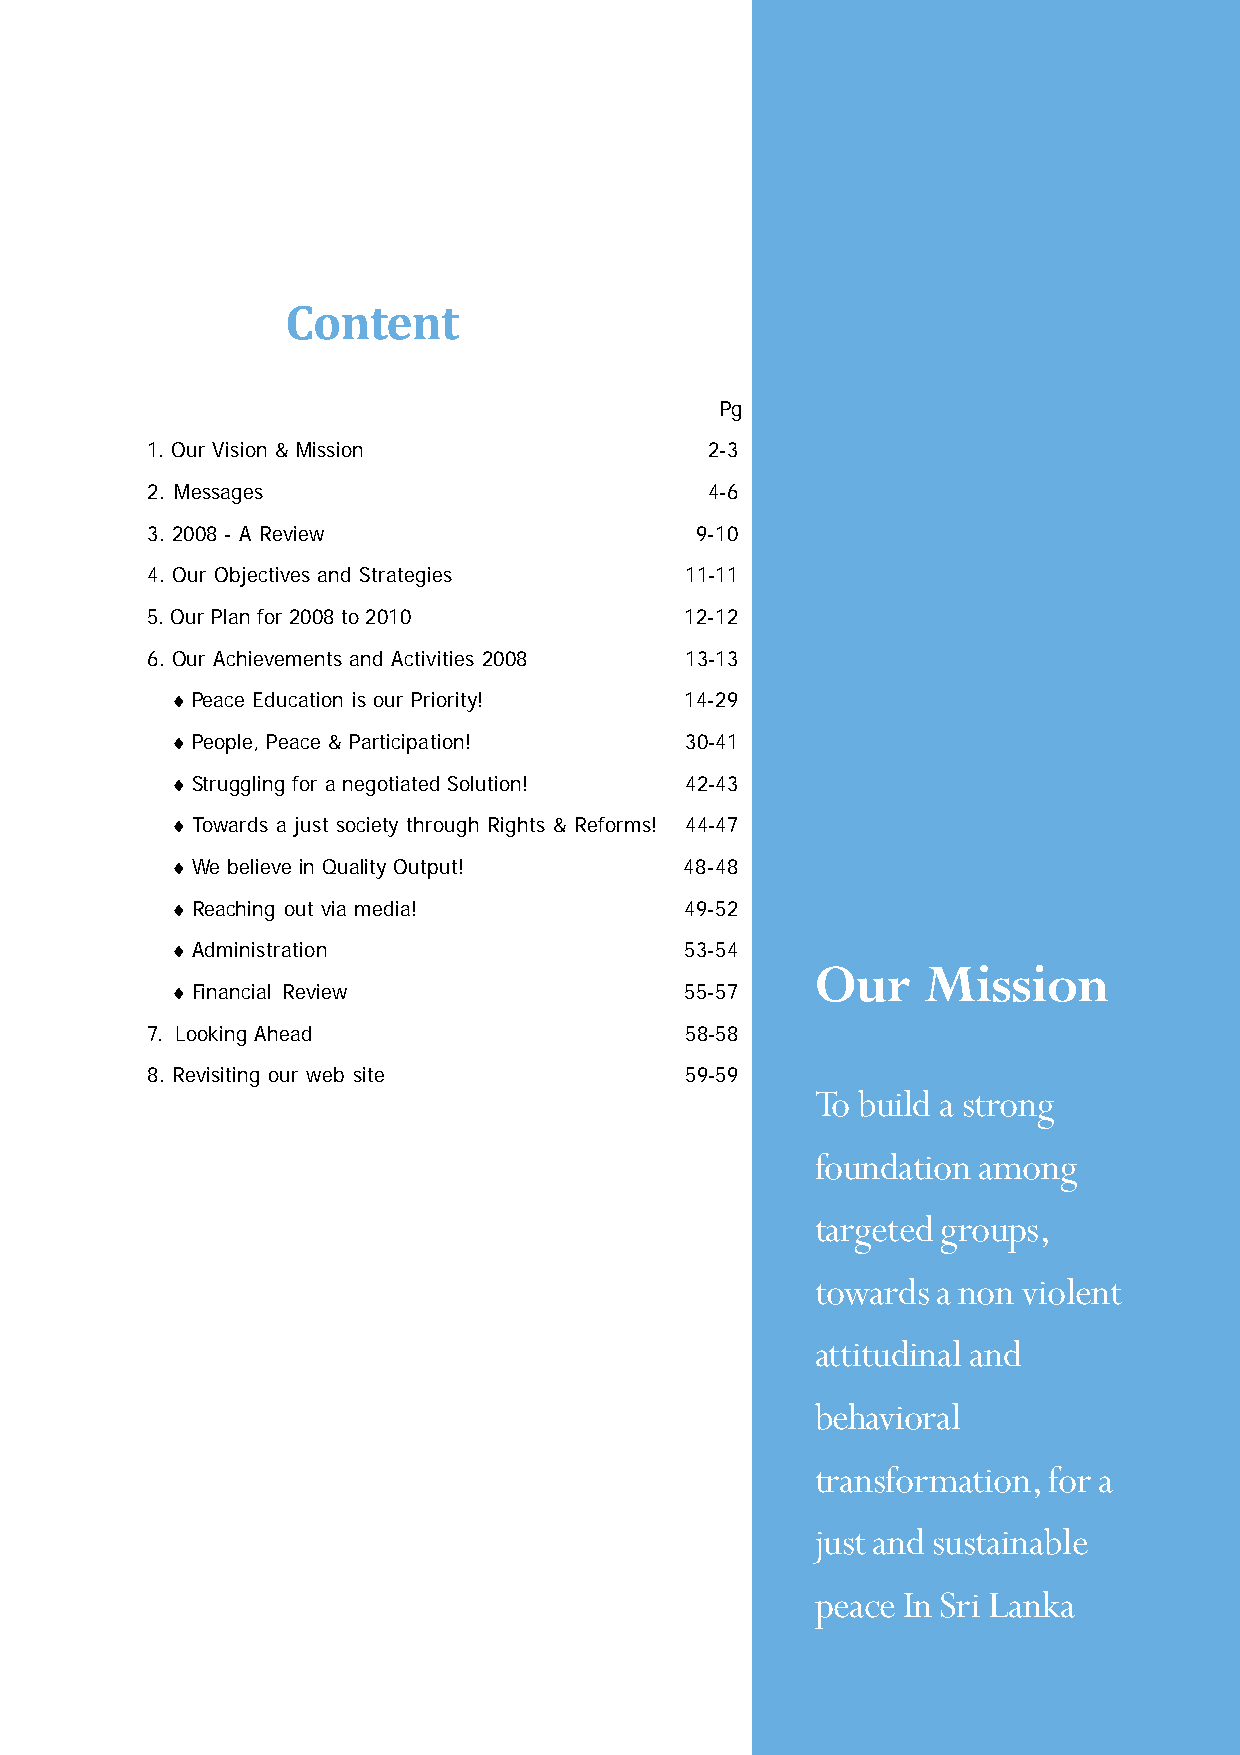
Content
 Pg
 1. Our Vision & Mission              2-3
 2. Messages                          4-6
 3. 2008 - A Review                  9-10
 4. Our Objectives and Strategies   11-11
 5. Our Plan for 2008 to 2010       12-12
 6. Our Achievements and Activities 2008 13-13
 ♦Peace Education is our Priority! 14-29
 ♦People, Peace & Participation!   30-41
 ♦Struggling for a negotiated Solution! 42-43
 ♦Towards a just society through Rights & Reforms! 44-47
 ♦We believe in Quality Output!    48-48
 ♦Reaching out via media!          49-52
 ♦Administration                   53-54
 Our    Mission
 ♦Financial Review                 55-57
 7. Looking Ahead                   58-58
 8. Revisiting our web site         59-59
 To build a strong
 foundation among
 targeted groups,
 towards a non violent
 attitudinal and
 behavioral
 transformation, for a
 just and sustainable
 peace In Sri Lanka
 3